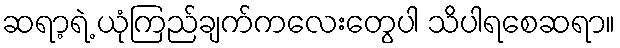
ဆရာ့ရဲ့ ယုံကြည်ချက်ကလေးတွေပါ သိပါရစေဆရာ။